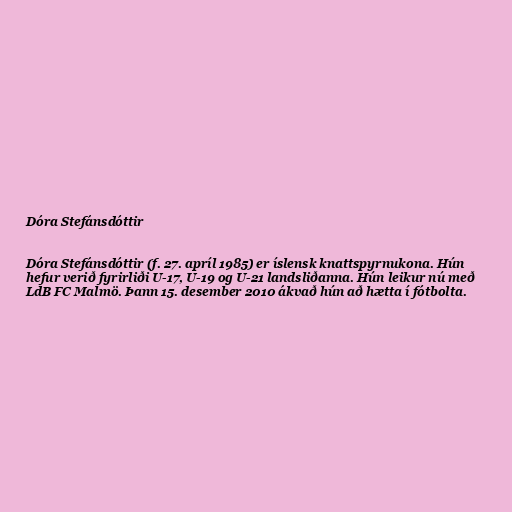
Dóra Stefánsdóttir

Dóra Stefánsdóttir (f. 27. apríl 1985) er íslensk knattspyrnukona. Hún
hefur verið fyrirliði U-17, U-19 og U-21 landsliðanna. Hún leikur nú með
LdB FC Malmö. Þann 15. desember 2010 ákvað hún að hætta í fótbolta.